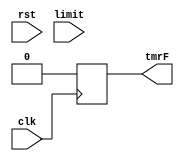
`timescale 1ns / 1ps
//////////////////////////////////////////////////////////////////////////////////
// Company: 
// Engineer: 
// 
// Design Name: 
// Module Name: NmiGenerator
// Project Name: 
// Target Devices: 
// Tool Versions: 
// Description: 
// 
// Dependencies: 
// 
// Revision:
// Revision 0.01 - File Created
// Additional Comments:
// 
//////////////////////////////////////////////////////////////////////////////////


module TMRGenerator(
    input         clk,
    input         rst,
    input [31:0]  limit,
    output reg    tmrF
);

reg [31:0] count;

always @ (posedge clk) begin
    if(rst) begin
        count <= 32'b0;
        tmrF  <= 1'b0;
    end
    else begin
        if(count == limit) begin
            count <= 32'b0;
            tmrF <= 1'b1;
        end
        if(count == limit + 1) begin
            count <= 32'b0;
            tmrF <= 1'b0;
        end
        else begin
            count <= count + 1;
            tmrF <= 1'b0;
        end
    end
end

endmodule